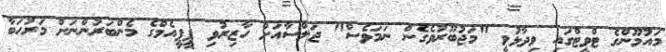
މައުމޫންގެ ޓްވީޓްގައި ވިދާޅުވީ "މަޖުބޫރުވެގެން ނަމަވެސް" ޖަލްސާއަށް ހާޒިރުވި ޕީޕީއެމްގެ މެންބަރުންނަށް މަރުހަބާ